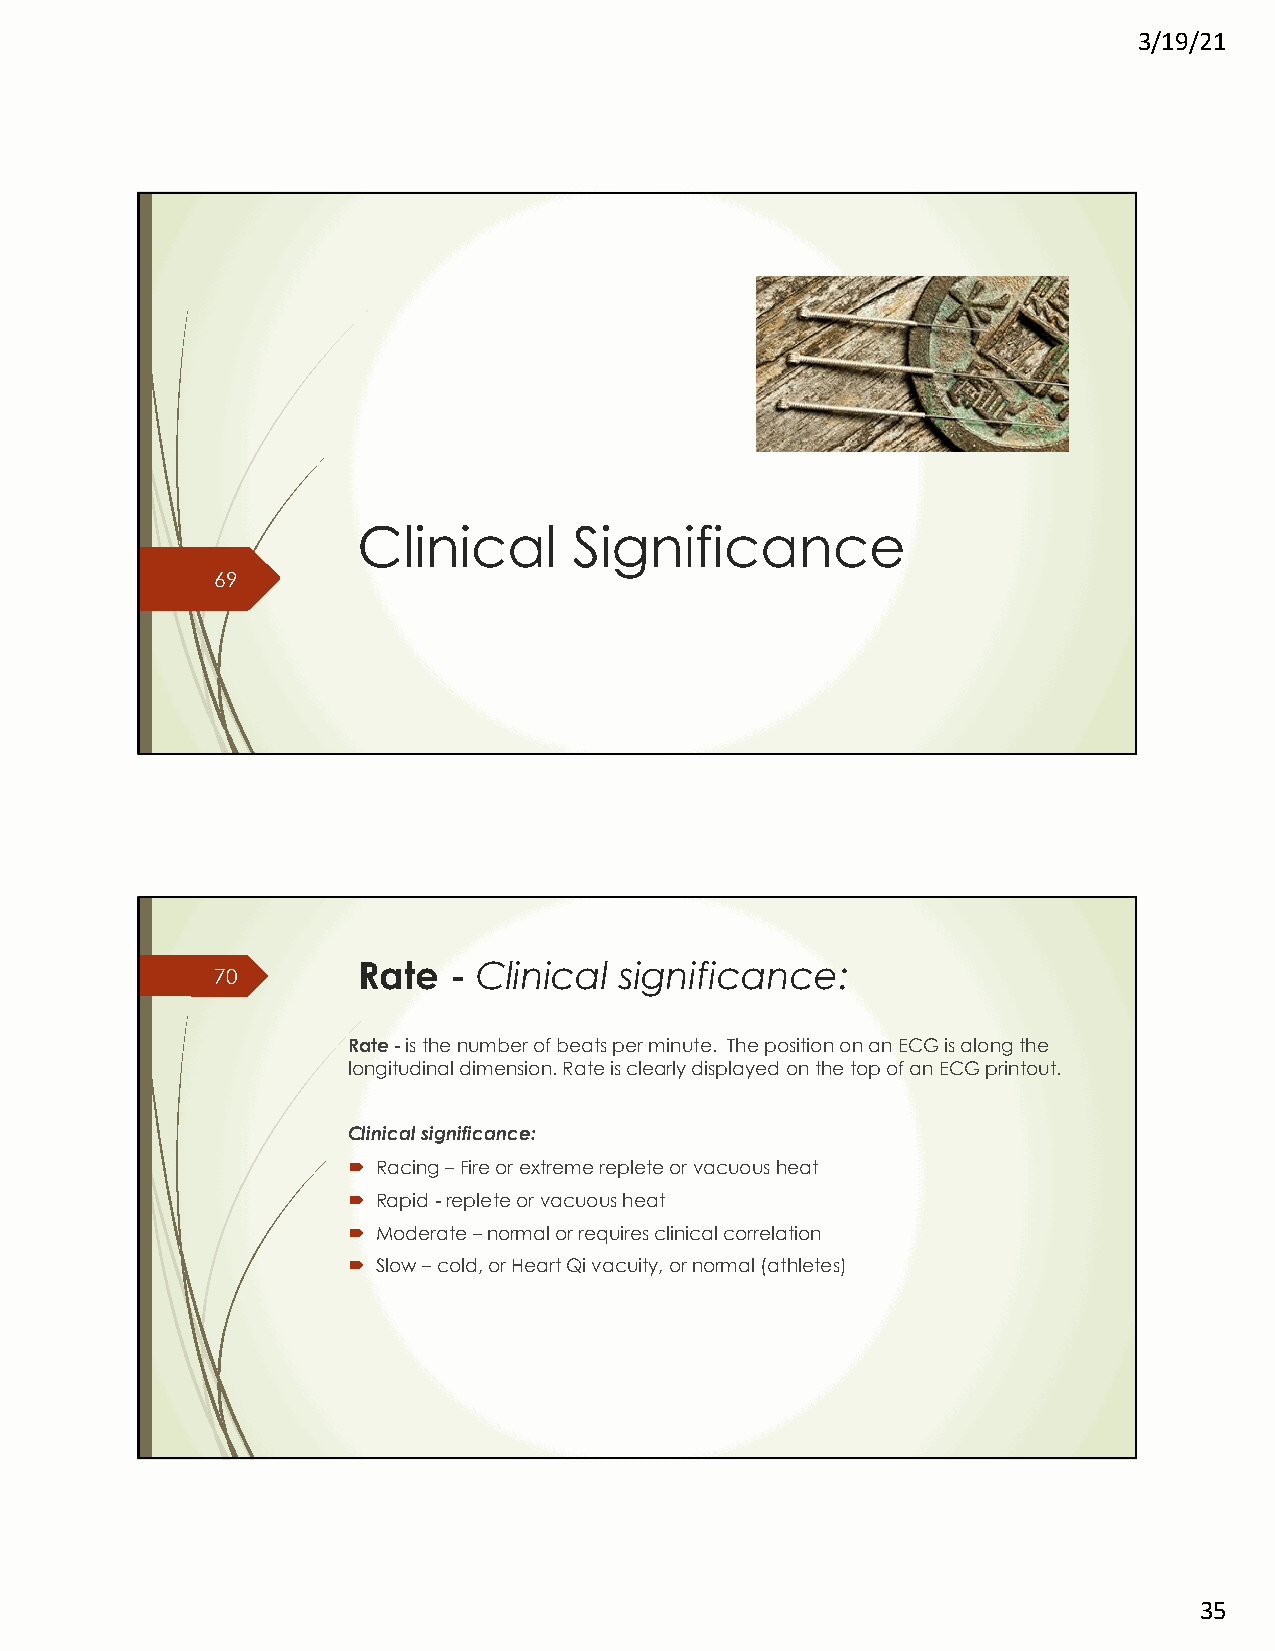
3/19/21
 Clinical      Significance
 69
 Rate  - Clinical significance:
 70
 Rate -is the number of beats per minute. The position on an ECG is along the
 longitudinal dimension. Rate is clearly displayed on the top of an ECG printout.
 Clinical significance:
 ´ Racing –Fire or extreme replete or vacuous heat
 ´ Rapid -replete or vacuous heat
 ´ Moderate –normal or requires clinical correlation
 ´ Slow –cold, or Heart Qi vacuity, or normal (athletes)
 35